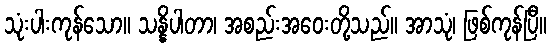
သုံးပါးကုန်သော။ သန္နိပါတာ၊ အစည်းအဝေးတို့သည်။ အာသုံ၊ ဖြစ်ကုန်ပြီ။